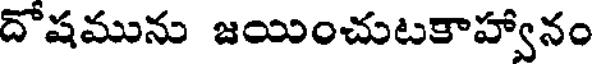
దోషమును జయించుటకాహ్వానం